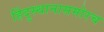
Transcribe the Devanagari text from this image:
हिंदुस्थानासमोरच